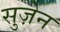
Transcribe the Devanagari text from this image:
सुज़ेन